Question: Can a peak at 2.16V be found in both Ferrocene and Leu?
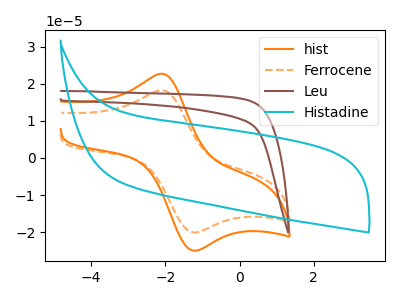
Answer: <think>The orange curve "hist" has an anodic peak at (-2.05V, 22.65uA) and a cathodic peak at (-1.20V, -25.00uA). The orange dashed curve "Ferrocene" has an anodic peak at (-2.05V, 18.20uA) and a cathodic peak at (-1.20V, -20.10uA). The brown curve "Leu" has no peaks. The cyan curve "Histadine" has no peaks.</think>
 <answer>No, "Ferrocene" and "Leu" dont share a peak at 2.16V.</answer>
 <eval>mismatch</eval>